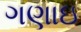
ગણાઇ